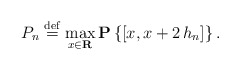
\begin{align*}P_{n}\stackrel{\rm def}{=}\max_{x\in {\bf R}}{\bf P}\left\{[x,x+2\,h_{n}]\right\} . \end{align*}